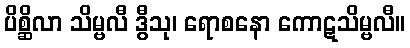
ပိစ္ဆိလာ သိမ္ဗလီ ဒွီသု၊ ရောစနော ကောဋသိမ္ဗလီ။